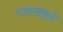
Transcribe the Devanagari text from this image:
ध्यानामुळे